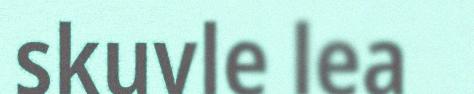
skuvle lea